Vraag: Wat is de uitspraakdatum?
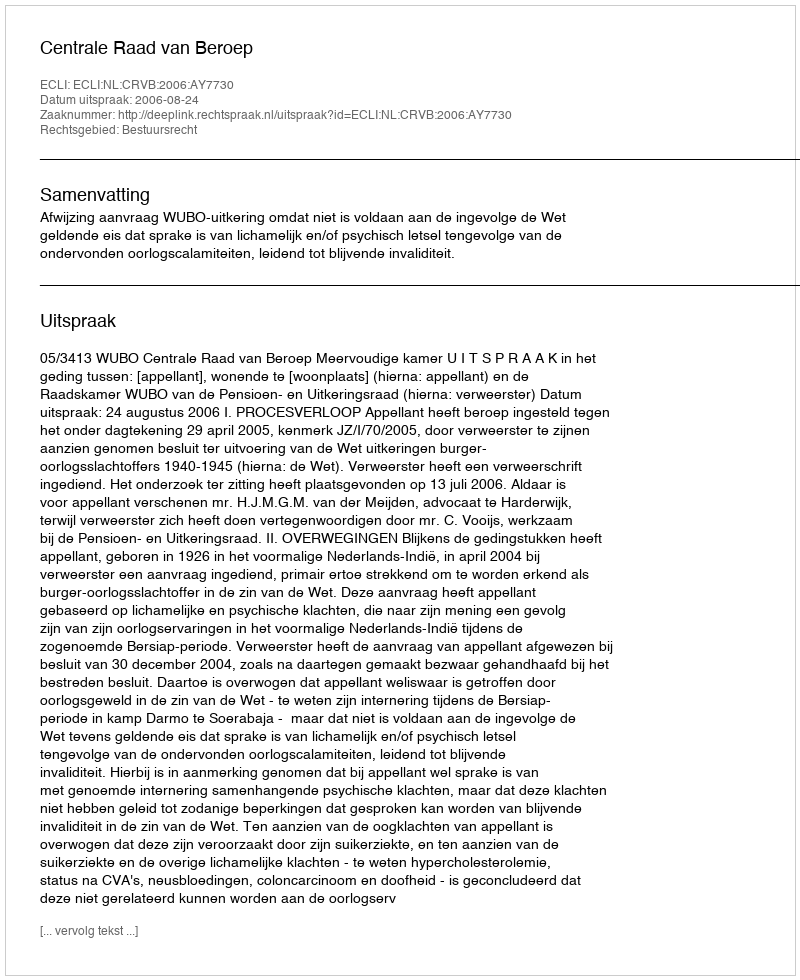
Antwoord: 2006-08-24